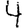
Digit: 4